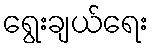
ရွေးချယ်ရေး